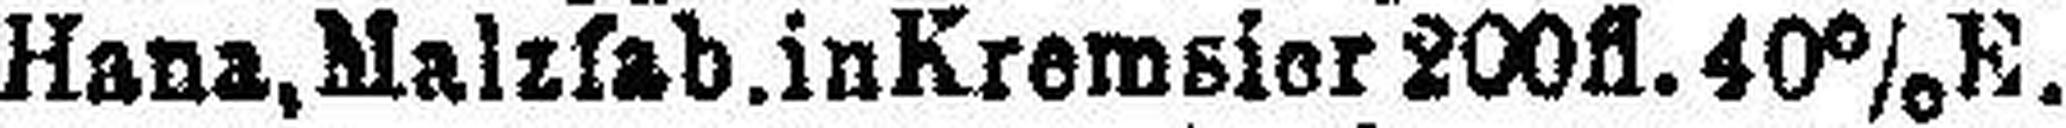
Hana, Malzfab. in Kremsier 200fl. 40%E.